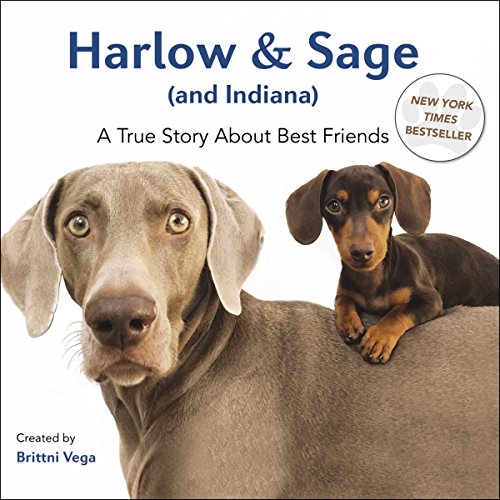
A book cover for Harlow & Sage (and Indiana): A True Story About Best Friends; Brittni Vega; Crafts, Hobbies & Home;